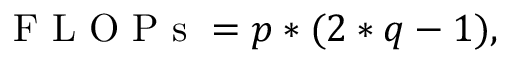
\mathrm { ~ F ~ L ~ O ~ P ~ s ~ } = p * ( 2 * q - 1 ) ,